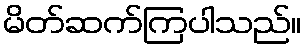
မိတ်ဆက်ကြပါသည်။